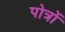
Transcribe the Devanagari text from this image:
पोत्रों